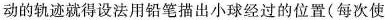
动的轨迹就得设法用铅笔描出小球经过的位置(每次使